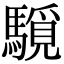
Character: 䮭